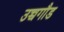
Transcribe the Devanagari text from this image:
उच्चगौड